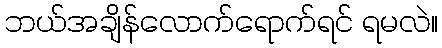
ဘယ်အချိန်လောက်ရောက်ရင် ရမလဲ။